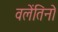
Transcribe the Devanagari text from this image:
वलेंतिनो